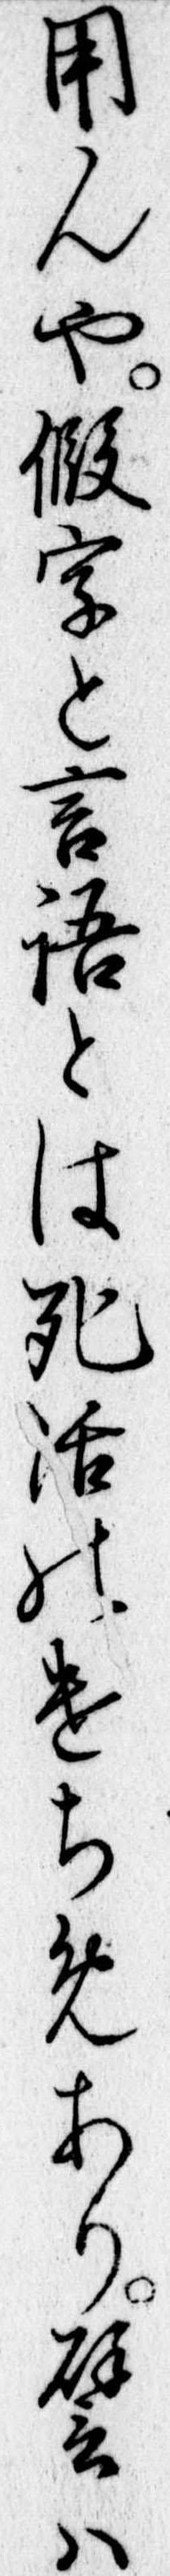
用んや仮字と言語とは死活のけちめあり譬は